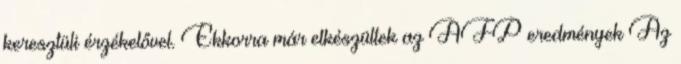
keresztüli érzékelővel. Ekkorra már elkészültek az AFP eredmények Az